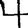
Digit: 4